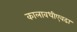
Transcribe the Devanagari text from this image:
कालावधीएवढा